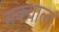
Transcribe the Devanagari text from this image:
मक्याला